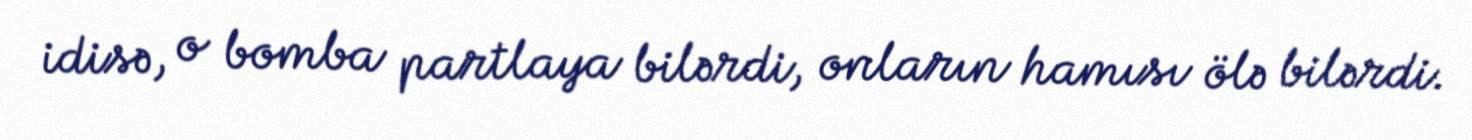
idisə, o bomba partlaya bilərdi, onların hamısı ölə bilərdi.